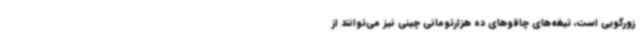
زورگویی است، تیغه‌های چاقوهای ده هزارتومانی چینی نیز می‌توانند از